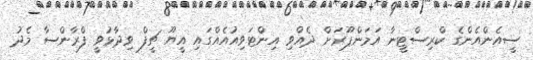
ސީއެންއެންގެ ކްރިސްޓީނާ އަމަންޕޫރަށް ދެއްވި އިންޓަވިއުއެއްގައި އީޔޫ ޗީފް ވިދާޅުވީ ފްރާންސާ މެދު